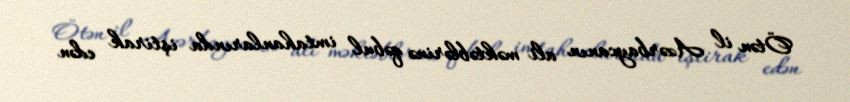
Ötən il Azərbaycanın ali məktəblərinə qəbul imtahanlarında iştirak edən